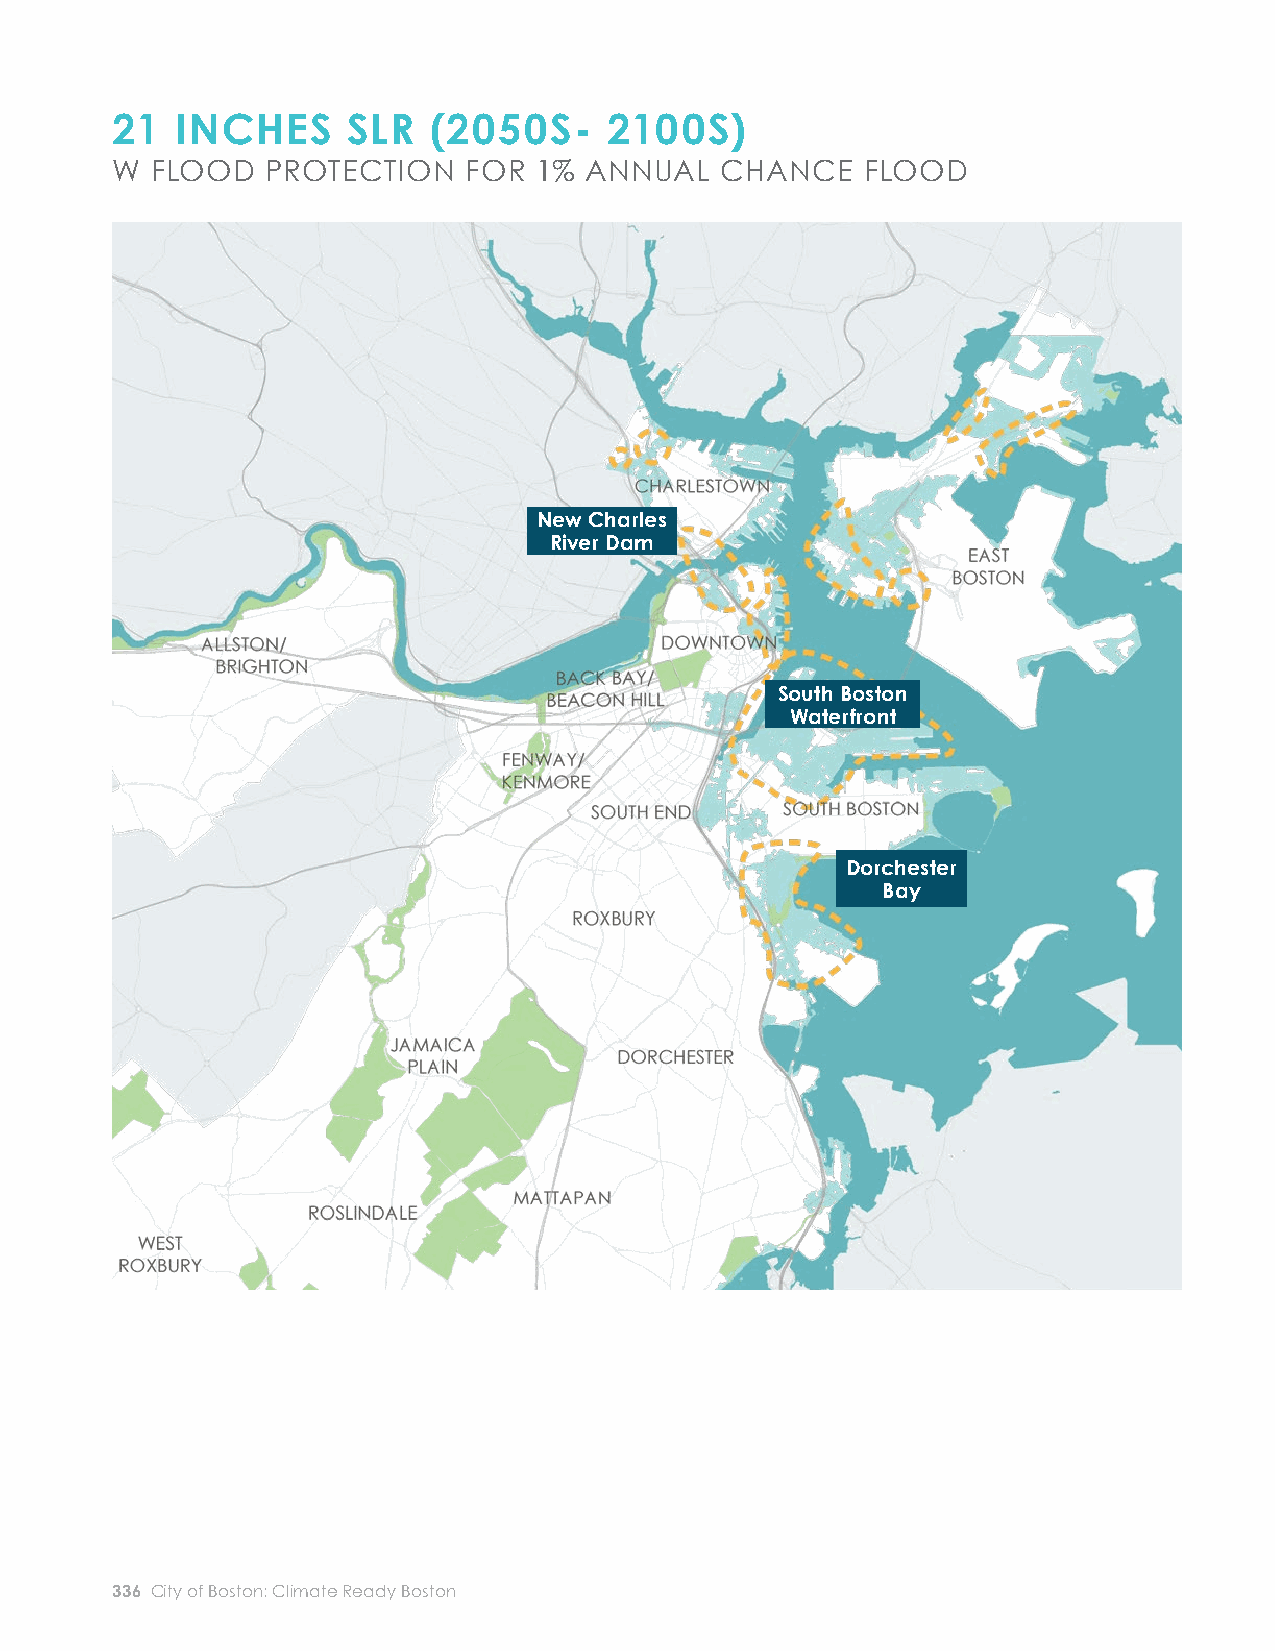
21   INCHES     SLR   (2050S-    2100S)
 W  FLOOD   PROTECTION   FOR  1% ANNUAL   CHANCE   FLOOD
 South Boston Waterfront and
 New Charles River Dam21             Dorchester Bay Locations Combined
 (See Downtown and Charlestown       (See South Boston and Dorchester Bay
 Focus Areas for more information)   Focus Areas for more information)
 Estimated Benefi ts                 Estimated Benefi ts
 Benefi ting Area22                  Benefi ting Area24
 People             23,600           People             41,700
 Structures         4,360            Structures         4,990
 New Charles
 River Dam                                              Land Area          290 acres        Land Area          1,580 acres
 Avoided Economic Losses             Avoided Economic Losses
 From a single 1% annual             From a single 1% annual
 $543 million                        $3 billion
 chance fl ood                       chance fl ood
 South Boston
 Waterfront                             Annualized across                   Annualized across
 multiple fl ood    $24 million      multiple fl ood    $218 million
 probabilities23                     probabilities25
 Dorchester
 Bay                              21 Does not include benefi ts in Charlestown, which are dependent on fl ood protection
 in North Charlestown. See table for North Charlestown and New Charles River Dam
 Locations Combined.
 22Area protected through the 0.1% annual chance fl ood event.
 23 Probability-adjusted economic losses for the 0.1%, 1%, 2%, and 10% annual chance
 fl ood events.
 24Area protected through the 0.1% annual chance fl ood event.
 25 Probability-adjusted economic losses for the 0.1%, 1%, 2%, and 10% annual chance
 fl ood events.
 336 City of Boston: Climate Ready Boston